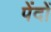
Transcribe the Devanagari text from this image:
पेंदों